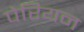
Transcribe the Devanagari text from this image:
पेरियन